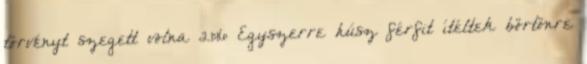
törvényt szegett volna 21:16 Egyszerre húsz férfit ítéltek börtönre